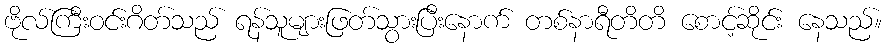
ဗိုလ်ကြီးဝင်းဂိတ်သည် ရန်သူများဖြတ်သွားပြီးနောက် တစ်နာရီတိတိ စောင့်ဆိုင်း နေသည်။